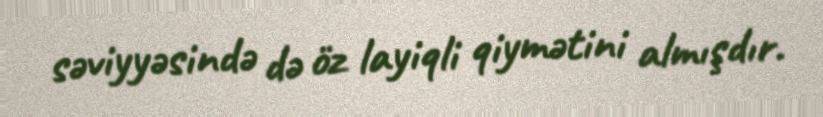
səviyyəsində də öz layiqli qiymətini almışdır.